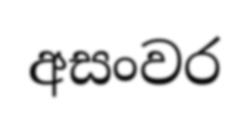
අසංවර